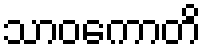
သာဝကောတိ